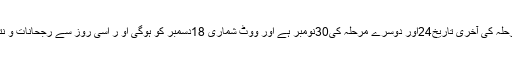
امیدواروں کے نام لینے کی پہلے مرحلہ کی آخری تاریخ24اور دوسرے مرحلہ کی30نومبر ہے اور ووٹ شماری 18دسمبر کو ہوگی او ر اسی روز سے رجحانات و نتائج سامنے آنا شروع ہو جائئیں گے۔